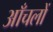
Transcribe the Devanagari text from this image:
आँचलों